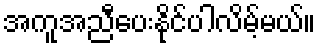
အကူအညီပေးနိုင်ပါလိမ့်မယ်။